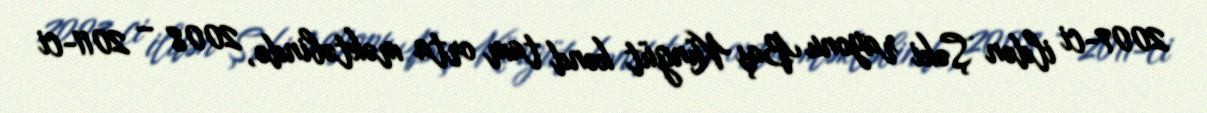
2007-ci ildən Şəki rayonu Baş Küngüt kənd tam orta məktəbində, 2008 – 2011-ci